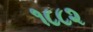
૧૮૮૨